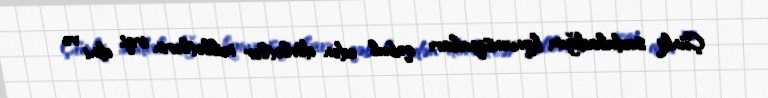
Çünki sadaladığım konvensiyaları qəbul edən dövlətlər millətlərin irqi, dini və